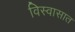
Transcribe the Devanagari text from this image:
विस्वासात